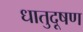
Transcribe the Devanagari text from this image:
धातुदूषण